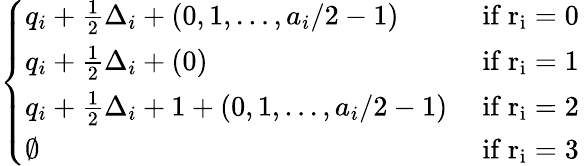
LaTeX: \left\{ \begin{array}{ll}{q_{i}+\frac 12\Delta_{i}+(0,1,\dots,a_{i}/2-1)}&{\mathrm{~if~r_i=0~}}\\ {q_{i}+\frac 12\Delta_{i}+(0)}&{\mathrm{~if~r_i=1~}}\\ {q_{i}+\frac 12\Delta_{i}+1+(0,1,\dots,a_{i}/2-1)}&{\mathrm{~if~r_i=2~}}\\ {\emptyset}&{\mathrm{~if~r_i=3~}}\end{array}\right.